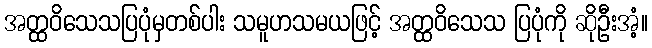
အတ္ထဝိသေသပြပုံမှတစ်ပါး သမူဟသမယဖြင့် အတ္ထဝိသေသ ပြပုံကို ဆိုဦးအံ့။